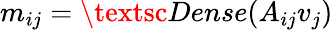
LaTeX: m_{ij}=\textsc{Dense}(A_{ij}v_{j})